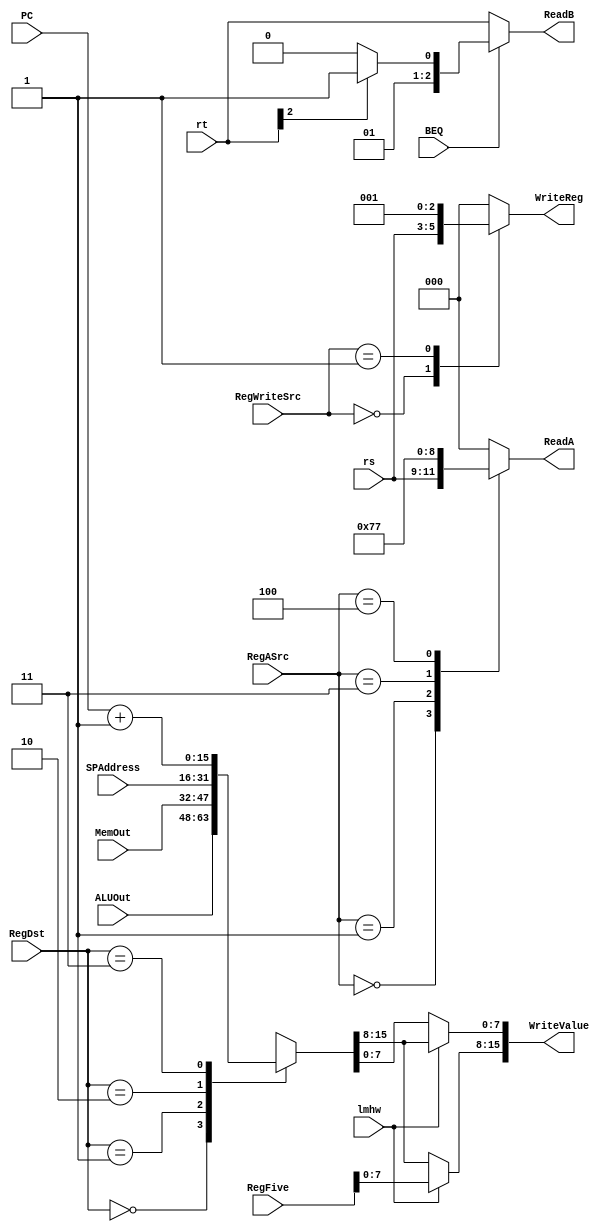
module Reg_File_Input_Muxes(
	
	 //control inputs
	 input [2:0] RegASrc,
	 input BEQ,
	 input [1:0] RegWriteSrc,
	 input [1:0] RegDst,
	 input lmhw,

	 //values
	 input [2:0] rs,
	 input [2:0] rt,
	 input [15:0] ALUOut,
	 input [15:0] MemOut,
	 input [15:0] SPAddress,
	 input [15:0] PC, //have to sign extend 
	 input [15:0] RegFive,
	 
    output reg[2:0] ReadA,
	 output reg[2:0] ReadB,
	 output reg[2:0] WriteReg,
	 output reg[15:0] WriteValue
    );

	always @(RegASrc, BEQ, RegWriteSrc, RegDst, lmhw, rs, rt, ALUOut, MemOut, SPAddress, PC, RegFive)
	begin
		case (RegASrc)
			0 : ReadA = rs;
			1 : ReadA = 1;
			2 : ReadA = 0;
			3 : ReadA = 6;
			4 : ReadA = 7;
			default: ReadA = 0; //should not be reached
		endcase
		
		if (BEQ == 0) //rt also = imm
			ReadB = rt;
		else if (rt[2] == 0)
			ReadB = 2;
		else
			ReadB = 3;
			
		case (RegWriteSrc)
			0 : WriteReg = rs;
			1 : WriteReg = 1;
			2 : WriteReg = 0;
		   default: WriteReg = 0; //should not be reached
		endcase
		
		case (RegDst)
			0 : WriteValue = ALUOut;
			1 : WriteValue = MemOut;
			2 : WriteValue = SPAddress;
			3 : WriteValue = PC + 1;
   		default WriteValue = 0; //should not be reached
		endcase

		if (lmhw)
		begin
				WriteValue[7:0] = WriteValue[15:8];
				WriteValue[15:8] = RegFive[7:0];
		end
			
	end

endmodule